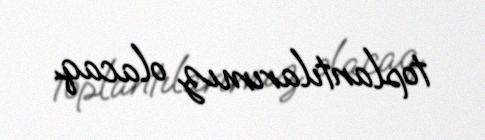
toplantılarımız olacaq.